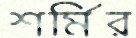
শর্মির